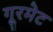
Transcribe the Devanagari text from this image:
गूरमेट